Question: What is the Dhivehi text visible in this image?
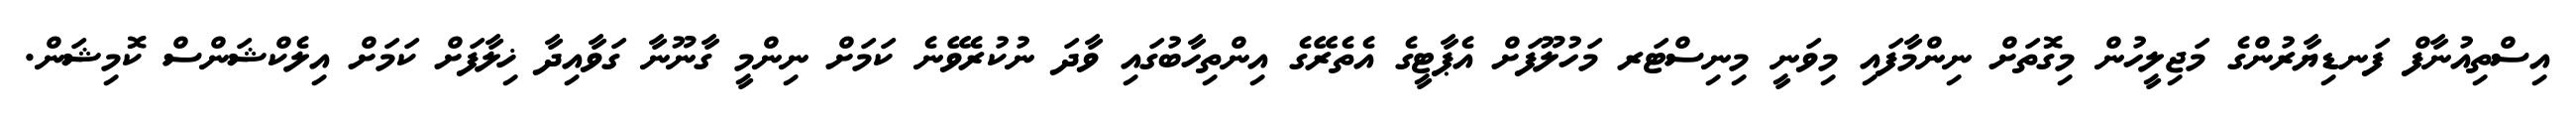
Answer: އިސްތިއުނާފް ފަނޑިޔާރުންގެ މަޖިލީހުން މިގޮތަށް ނިންމާފައި މިވަނީ މިނިސްޓަރ މަހުލޫފަށް އެޕާޓީގެ އެތެރޭގެ އިންތިހާބުގައި ވާދަ ނުކުރެވޭނެ ކަމަށް ނިންމީ ގާނޫނާ ގަވާއިދާ ޚިލާފަށް ކަމަށް އިލެކްޝަންސް ކޮމިޝަން.